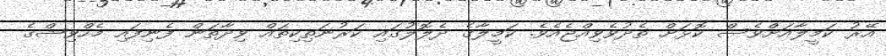
އޭރު ކަމީލާއަށްވެސް ކޮޅަށް ތެދުވެވިއްޖެއެވެ. ކަމީލާގެ ދެލޮލުގައި ކަރުނަތިކިތައް ވިދާތަން ފެނިފައި މެހްވިޝްގެ